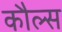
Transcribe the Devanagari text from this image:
कौल्स